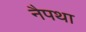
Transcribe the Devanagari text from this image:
नैपथा